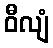
ဝီလျံ